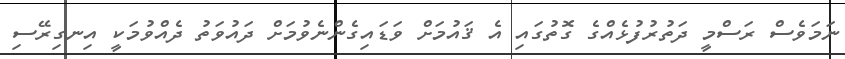
ނަމަވެސް ރަސްމީ ދަތުރުފުޅެއްގެ ގޮތުގައި އެ ޤައުމަށް ވަޑައިގެންނެވުމަށް ދައުވަތު ދެއްވުމަކީ އިނގިރޭސި